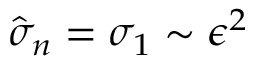
\hat { \sigma } _ { n } = \sigma _ { 1 } \sim \epsilon ^ { 2 }